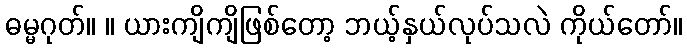
ဓမ္မဂုတ်။ ။ ယားကျိကျိဖြစ်တော့ ဘယ့်နှယ်လုပ်သလဲ ကိုယ်တော်။